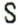
S